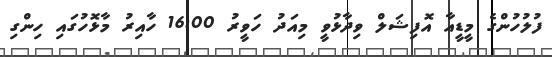
ފުލުހުންގެ މީޑީއާ އޮފިޝަލް ވިދާޅުވީ މިއަދު ހަވީރު 16:00 ހާއިރު މާޅޮހުގައި ހިންގި